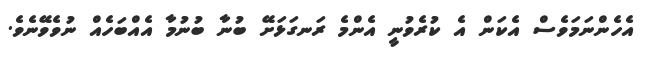
އެހެންނަމަވެސް އެކަން އެ ކުރެވުނީ އެންމެ ރަނގަޅަށޭ ބުނާ ބުނުމާ އެއްބަހެއް ނުވެވޭނެވެ.